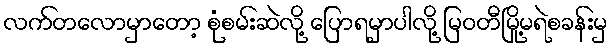
လက်တလောမှာတော့ စုံစမ်းဆဲလို့ ပြောရမှာပါလို့ မြဝတီမြို့မရဲစခန်းမှ